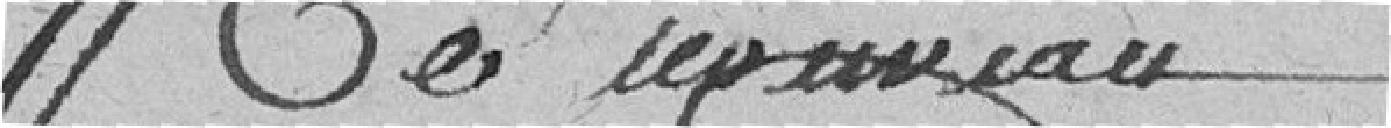
ce nouveau